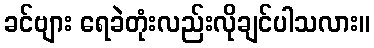
ခင်ဗျား ရေခဲတုံးလည်းလိုချင်ပါသလား။